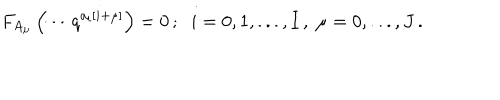
LaTeX: F _ { A _ { \mu } } \left( \cdots q ^ { a _ { i } \left[ i + \mu \right] } \right) = 0 \, ; \; \; i = 0 , 1 , . . . , I \, , \; \mu = 0 , . . . , J \, .